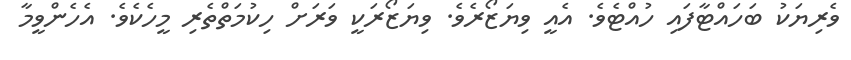
ވެރިޔަކު ބަހައްޓާފައި ހުއްޓެވެ. އެއީ ވިޔަޒޯރެވެ. ވިޔަޒޯރަކީ ވަރަށް ހިކުމަތްތެރި މީހެކެވެ. އެހެންވީމާ